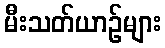
မီးသတ်ယာဉ်များ